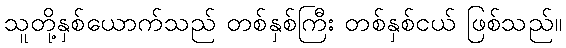
သူတို့နှစ်ယောက်သည် တစ်နှစ်ကြီး တစ်နှစ်ငယ် ဖြစ်သည်။